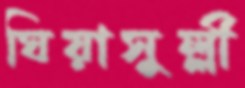
ঘিয়াসুল্লী